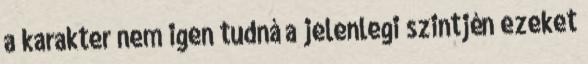
a karakter nem igen tudná a jelenlegi szintjén ezeket